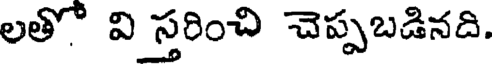
లతో వి స్తరించి చెప్పబడినది.